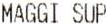
MAGGI SUP